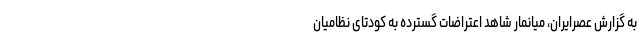
به گزارش عصرایران، میانمار شاهد اعتراضات گسترده به کودتای نظامیان